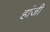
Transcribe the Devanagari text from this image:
हांजी